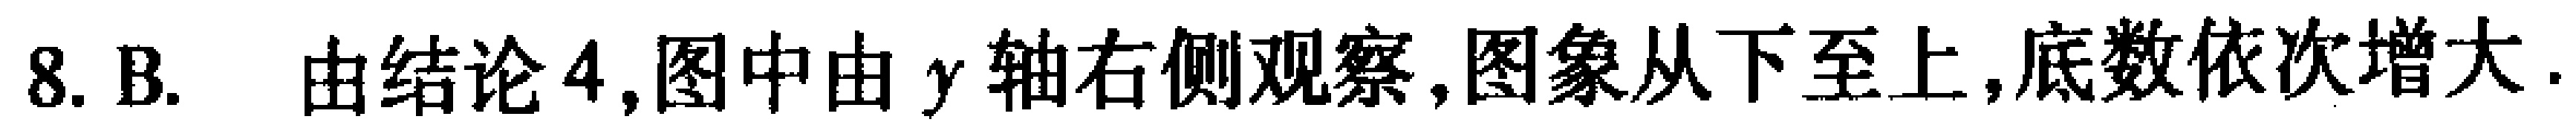
8. B. 由结论4,图中由\(y\)轴右侧观察,图象从下至上,底数依次增大.